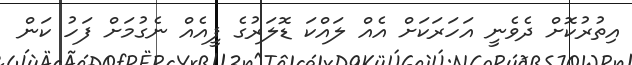
އިތުރުކޮށް ދެވެނީ އަހަރަކަށް އެއް ލައްކަ ޑޮލަރުގެ ފީއެއް ނެގުމަށް ފަހު ކަން